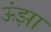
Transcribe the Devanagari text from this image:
ऊंझा